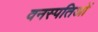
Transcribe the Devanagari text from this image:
वनस्पतिओं